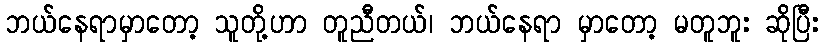
ဘယ်နေရာမှာတော့ သူတို့ဟာ တူညီတယ်၊ ဘယ်နေရာ မှာတော့ မတူဘူး ဆိုပြီး